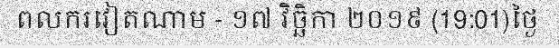
ពលករវៀតណាម - ១៧ វិច្ឆិកា ២០១៩ (19:01)ថ្ងៃ